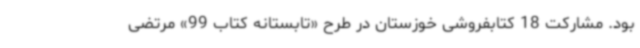
بود. مشارکت 18 کتابفروشی خوزستان در طرح «تابستانه کتاب 99» مرتضی